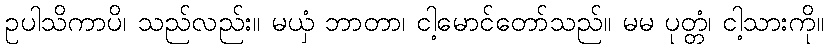
ဥပါသိကာပိ၊ သည်လည်း။ မယှံ ဘာတာ၊ ငါ့မောင်တော်သည်။ မမ ပုတ္တံ၊ ငါ့သားကို။